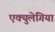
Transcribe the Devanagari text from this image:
एक्युलेगिया